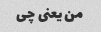
من یعنی چی